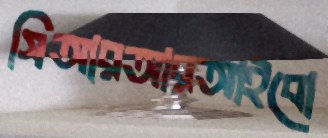
সিআরআরআইবো